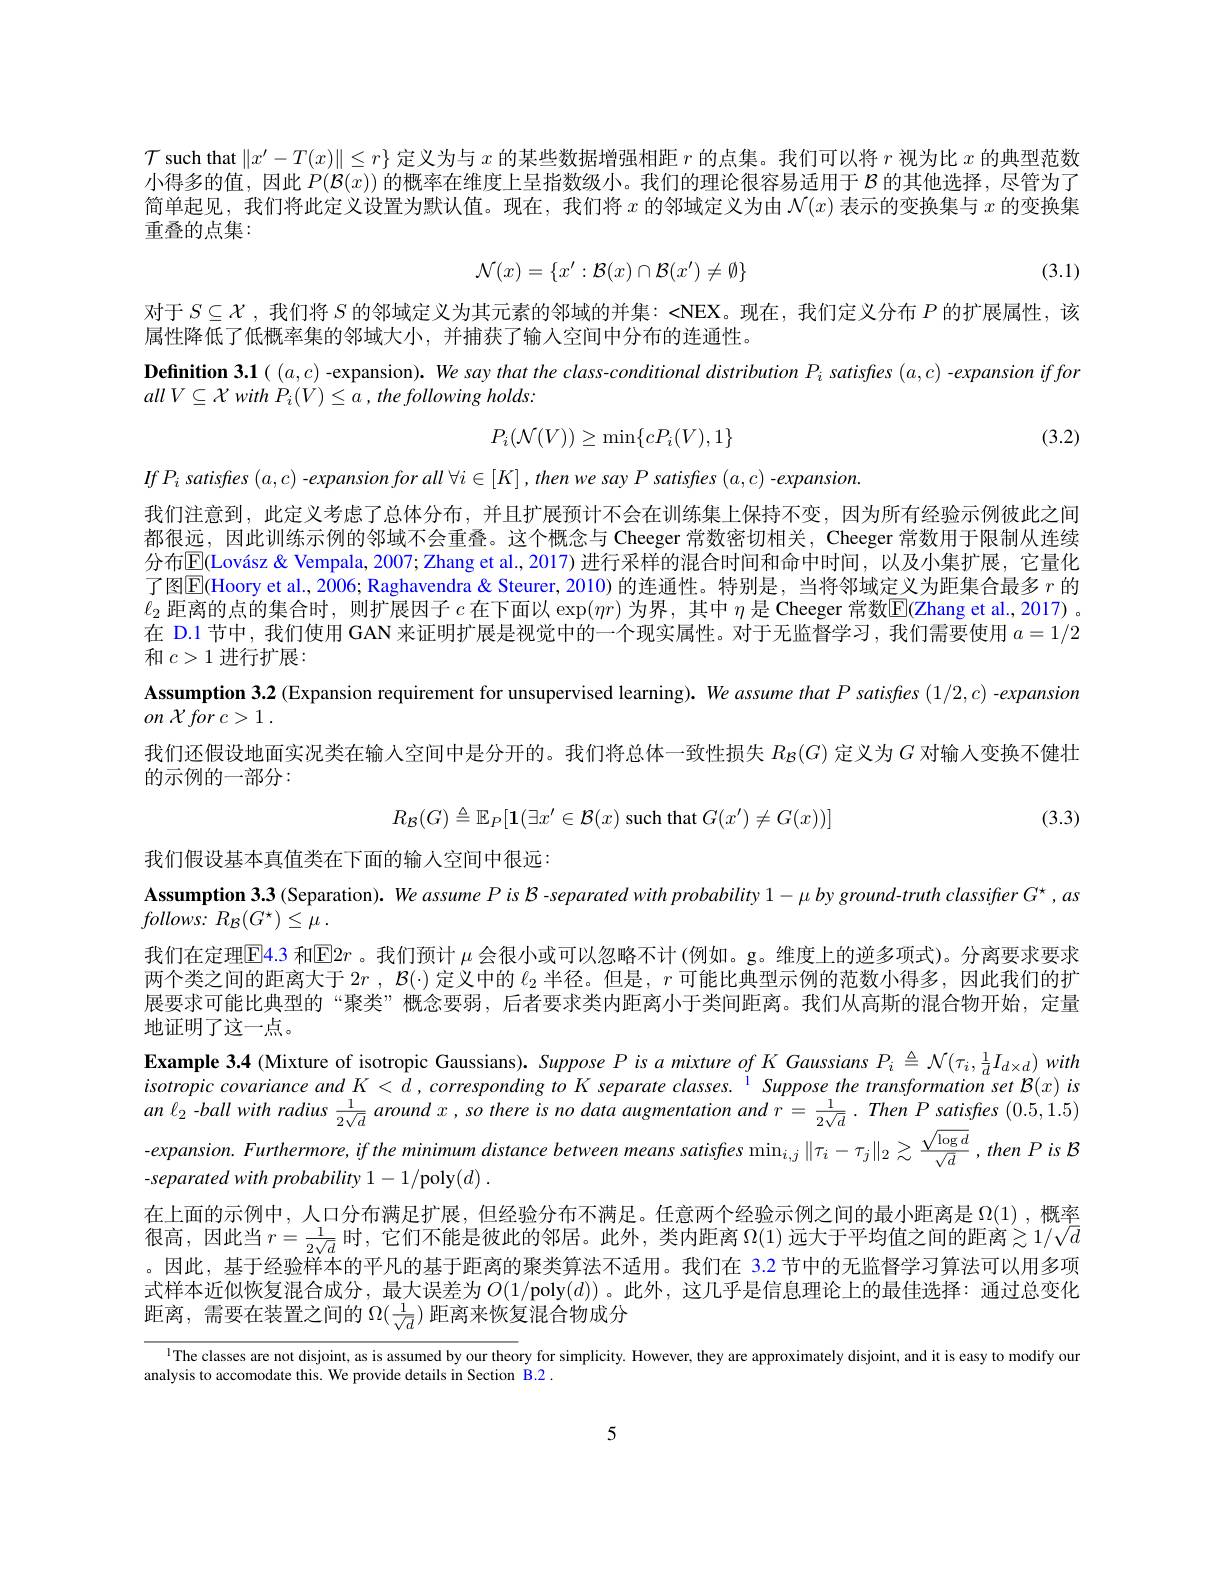
$\mathcal{T}$ such that $\|x^\prime-T(x)\|\leq r\}$定义为与$x$的某些数据增强相距$r$的点集。我们可以将$r$视为比$x$的典型范数小得多的值，因此$P(\mathcal{B}(x))$的概率在维度上呈指数级小。我们的理论很容易适用于$\mathcal{B}$的其他选择，尽管为了简单起见，我们将此定义设置为默认值。现在，我们将$x$的邻域定义为由$\mathcal{N}(x)$表示的变换集与$x$的变换集重叠的点集：

(3.1)
$$\mathcal{N}(x)=\{x':\mathcal{B}(x)\cap\mathcal{B}(x')\neq\emptyset\}$$
对于$S\subseteq\mathcal{X}$ , 我们将$S$的邻域定义为其元素的邻域的并集：<NEX。现在，我们定义分布$P$的扩展属性，该
属性降低了低概率集的邻域大小，并捕获了输入空间中分布的连通性。
Definition 3.1( $(a,c)$ -expansion). We say that the class-conditional distribution $P_i$ satisfes $(a,c)$ -expansion if for
all $V\subseteq {\mathcal{X} }$ with $P_{i}( V) \leq a$ , the following $holds:$

(3.2)
$$P_i(\mathcal{N}(V))\ge\min\{cP_i(V),1\}$$
(3.3)

$If$ $P_{i}$ satisfes $( a, c)$ $- expansion$ for all $\forall i\in [ K]$ , then $we$ say $P$ satisfies $( a, c)$ $- expansion.$
我们注意到，此定义考虑了总体分布，并且扩展预计不会在训练集上保持不变，因为所有经验示例彼此之间都很远，因此训练示例的邻域不会重叠。这个概念与 Cheeger 常数密切相关，Cheeger 常数用于限制从连续分布$\overline{\mathbb{E}}($Lovász & Vempala, 2007; Zhang et al., 2017) 进行采样的混合时间和命中时间，以及小集扩展，它量化了图$\mathbb{E}($Hoory et al., 2006; Raghavendra & Steurer, 2010) 的连通性。特别是，当将邻域定义为距集合最多 $r$ 的$\ell_2$ 距离的点的集合时，则扩展因子$c$在下面以$\exp(mr)$为界，其中 $\eta$ 是 Cheeger 常数$\mathbb{E}($Zhang et al.,2017)。在 D.1 节中，我们使用 GAN 来证明扩展是视觉中的一个现实属性。对于无监督学习，我们需要使用$a=1/2$ 和$c>1$进行扩展：
$\textbf{Assumption 3. 2 ( Expansion requirement for unsupervised learning) . We assume that P satisfes ( 1/ 2, c) - expansion}$
$on$ ${\mathcal{X} }$ for $c> 1$ .
我们还假设地面实况类在输人空间中是分开的。我们将总体一致性损失$R_{\mathcal{B}}(G)$定义为$G$对输人变换不健壮
的示例的一部分：
$$R_{\mathcal{B}}(G)\triangleq\mathbb{E}_P[\mathbf{1}(\exists x'\in\mathcal{B}(x)\text{such that}G(x')\neq G(x))]$$
我们假设基本真值类在下面的输入空间中很远：
$\textbf{Assumption 3. 3 ( Separation) . We assume P is B - separated with probability 1- μ by ground- truth classiffer G' , as}$
$follows:$ $R_{\mathcal{B} }( G^{\star }) \leq \bar{\mu }$ .
我们在定理$\underline{\mathrm{E}}$4.3 和$\underline{\mathrm{E}}2r$ 。我们预计 $\mu$ 会很小或可以忽略不计(例如。g。维度上的逆多项式)。分离要求要求两个类之间的距离大于$2r$ , $\mathcal{B}(\cdot)$定义中的$\ell_2$半径。但是，$r$可能比典型示例的范数小得多，因此我们的扩展要求可能比典型的“聚类”概念要弱，后者要求类内距离小于类间距离。我们从高斯的混合物开始，定量地证明了这一点。
Example 3.4 (Mixture of isotropic Gaussians). Suppose P is $a$ mixture of K Gaussians $P_i\triangleq\mathcal{N}(\tau_i,\frac1dI_{d\times d})$ with isotropic covariance and K < d , corresponding to K separate classes. $^{1}$ Suppose the transformation set $\mathcal{B}(x)$ is $an\ell_{2}-ballwithradius\frac1{2\sqrt{d}}aroundx,sothereisnodataaugmentationandr=\frac1{2\sqrt{d}}.ThenPsatisfies(0.5,1.5)$ expansion. Furthermore, if the minimum distance between means satisfies $\min_{i,j}\|\tau_i-\tau_j\|_2\gtrsim\frac{\sqrt{\log d}}{\sqrt{d}},thenPis$ K -separated with probability 1- 1/poly( d) .
在上面的示例中，人口分布满足扩展，但经验分布不满足。任意两个经验示例之间的最小距离是$\Omega(1)$ ,概率很高，因此当 $r=\frac1{2\sqrt{d}}$时，它们不能是彼此的邻居。此外，类内距离 $\Omega(1)$ 远大于平均值之间的距离$\gtrsim1/\sqrt{d}$ 。因此，基于经验样本的平凡的基于距离的聚类算法不适用。我们在 3.2 节中的无监督学习算法可以用多项式样本近似恢复混合成分，最大误差为$O( 1/$poly$( d) )$ 。此外，这几乎是信息理论上的最佳选择：通过总变化距离，需要在装置之间的$\Omega(\frac1{\sqrt{d}})$距离来恢复混合物成分
1The classes are not disjoint, as is assumed by our theory for simplicity. However, they are approximately disjoint, and it is easy to modify our

analysis to accomodate this. We provide details in Section B.2 .

5